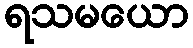
ရသမယော